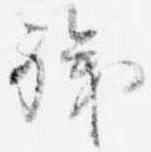
職